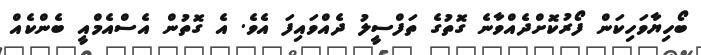
ބޯހިޔާވަހިކަން ފޯރުކޮށްދެއްވާނެ ގޮތުގެ ތަފްސީލު ދެއްވައިފަ އެވެ. އެ ގޮތުން އެސްއެމްއީ ބެންކެއް